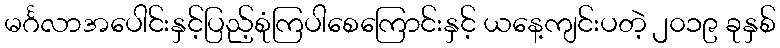
မင်္ဂလာအပေါင်းနှင့်ပြည့်စုံကြပါစေကြောင်းနှင့် ယနေ့ကျင်းပတဲ့ ၂၀၁၉ ခုနှစ်